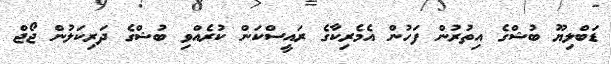
ޑަބްލިޔޫ ބުޝްގެ އިތުރުން ފަހުން އެމެރިކާގެ ރައީސްކަން ކުރެއްވި ބުޝްގެ ދަރިކަލުން ޖޯޖް